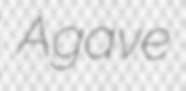
Agave